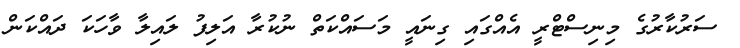
ސަރުކާރުގެ މިނިސްޓްރީ އެއްގައި ގިނައީ މަސައްކަތް ނުކުރާ އަލިފު ލައިލާ ވާހަކަ ދައްކަން